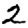
Digit: 2